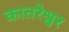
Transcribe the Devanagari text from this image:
कातरेश्वर